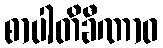
စာပါတိခီဏာဝ